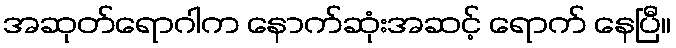
အဆုတ်ရောဂါက နောက်ဆုံးအဆင့် ရောက် နေပြီ။